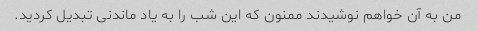
من به آن خواهم نوشیدند ممنون که این شب را به یاد ماندنی تبدیل کردید.